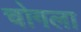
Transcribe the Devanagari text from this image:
चोगला